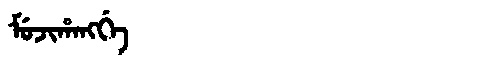
Manchu: ᠮᡠᠵᡳᡥᠠᠩᡤᡝ
Romanization: MUJIHANGGE